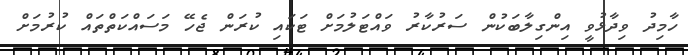
ހާމިދު ވިދާޅުވީ އިންގިލާބަކުން ސަރުކާރު ވައްޓަލުމަށް ޓަކައި ކުރަން ޖެހޭ މަސައްކަތްތައް ކުރުމަށް